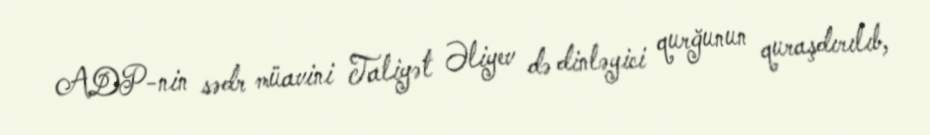
ADP-nin sədr müavini Taliyət Əliyev də dinləyici qurğunun quraşdırılıb,